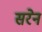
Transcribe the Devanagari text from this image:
सरेन